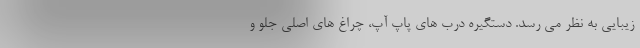
زیبایی به نظر می رسد. دستگیره درب های پاپ آپ، چراغ های اصلی جلو و